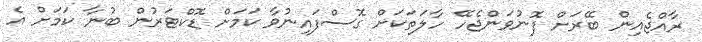
ރާއްޖެއިން ބޭރަށް ފޮނުވަންޖެހޭ ހާލަތަކަށް ގޮސްފައިނުވާ ކަމަށް ޑޮކްޓަރުން ބުނާ ކަމަށް އެ